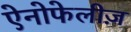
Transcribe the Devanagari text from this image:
ऐनोफेलीज़